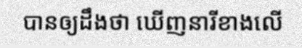
បានឲ្យដឹងថា ឃើញនារីខាងលើ